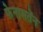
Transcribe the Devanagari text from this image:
फेनासतेंन